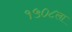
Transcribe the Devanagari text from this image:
१५०८ला